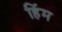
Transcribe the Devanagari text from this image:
हिंम